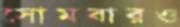
সোমবারও